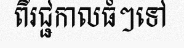
ពីរជ្ជកាលធំៗទៅ